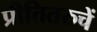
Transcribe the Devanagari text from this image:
प्रीतितरुचें